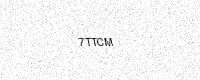
Text: 7TTCM